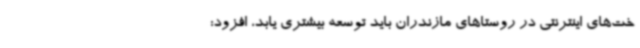
خت‌های اینترنتی در روستاهای مازندران باید توسعه بیشتری یابد، افزود: